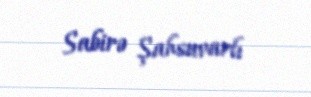
Sabirə Şahsuvarlı